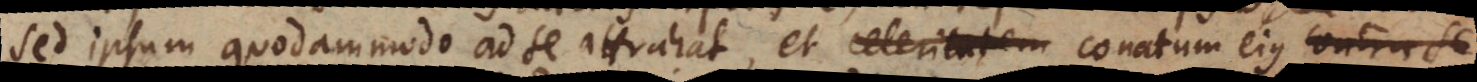
sed ipsum quodammodo ad se attrahat, et celeritatem conatum ejus contra se